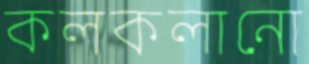
কলকলানো